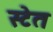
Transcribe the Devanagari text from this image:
स्टेत